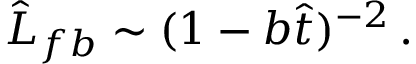
\begin{array} { r } { \hat { L } _ { f b } \sim ( 1 - b \hat { t } ) ^ { - 2 } \, . } \end{array}